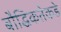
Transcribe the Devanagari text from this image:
बौद्धिकतेकडे